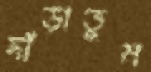
দাঁড়াতুম